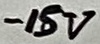
Text: -15V